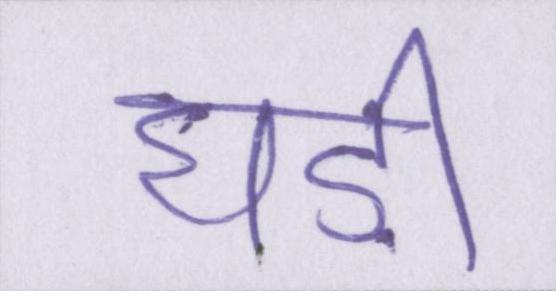
घड़ी